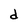
Character: d